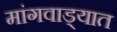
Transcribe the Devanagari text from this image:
मांगवाड्यात